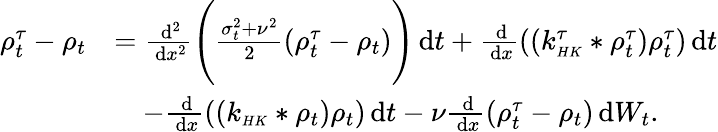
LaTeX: \begin{array}{rl}{\rho_{t}^{\tau}-\rho_{t}}&{=\frac{\, \mathrm{d}^{2}}{\, \mathrm{d}x^{2}}\Bigg(\frac{\sigma_{t}^{2}+\nu^{2}}{2}(\rho_{t}^{\tau}-\rho_{t})\Bigg)\, \mathrm{d}t+\frac{\, \mathrm{d}}{\, \mathrm{d}x}((k_{\scriptscriptstyle{HK}}^{\tau}*\rho_{t}^{\tau})\rho_{t}^{\tau})\, \mathrm{d}t}\\ &{\quad-\frac{\, \mathrm{d}}{\, \mathrm{d}x}((k_{\scriptscriptstyle{HK}}*\rho_{t})\rho_{t})\, \mathrm{d}t-\nu\frac{\, \mathrm{d}}{\, \mathrm{d}x}(\rho_{t}^{\tau}-\rho_{t})\, \mathrm{d}W_{t}.}\end{array}